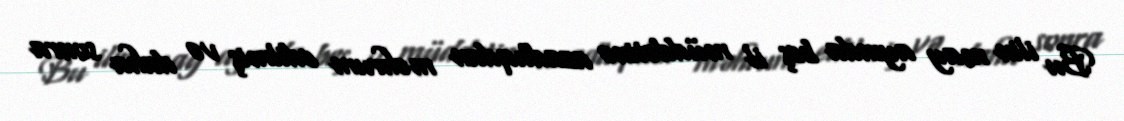
Bu ilin may ayında beş il müddətinə azadlıqdan məhrum edilmiş və daha sonra